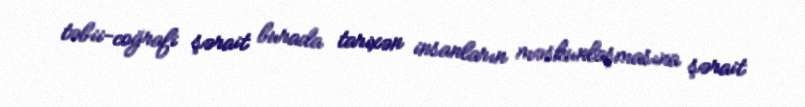
təbii-coğrafi şərait burada tarixən insanların məskunlaşmasına şərait